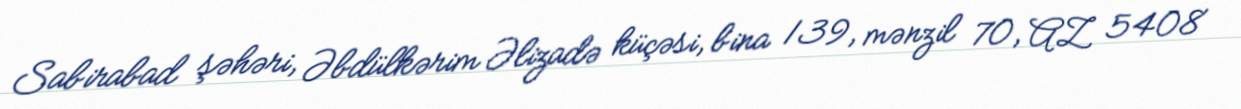
Sabirabad şəhəri, Əbdülkərim Əlizadə küçəsi, bina 139, mənzil 70, AZ 5408